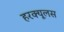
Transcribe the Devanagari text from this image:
हरक्‍यूलस